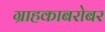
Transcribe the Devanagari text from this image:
ग्राहकाबरोबर